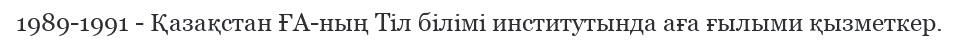
1989-1991 - Қазақстан ҒА-ның Тіл білімі институтында аға ғылыми қызметкер.